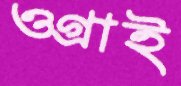
ওগ্‌রাই